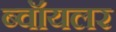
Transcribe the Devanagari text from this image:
ब्वॉयलर